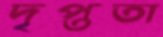
দৃপ্ততা